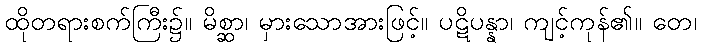
ထိုတရားစက်ကြီး၌။ မိစ္ဆာ၊ မှားသောအားဖြင့်။ ပဋိပန္နာ၊ ကျင့်ကုန်၏။ တေ၊